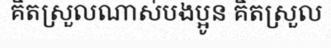
គិតស្រួលណាស់បងប្អូន គិតស្រួល